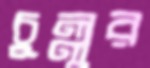
চুল্লুর